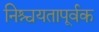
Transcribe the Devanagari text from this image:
निश्चयतापूर्वक